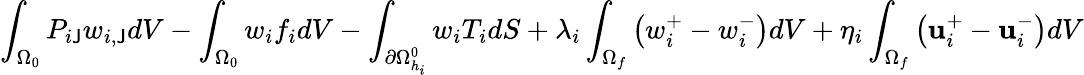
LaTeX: \int_{\Omega_{0}}P_{i\mathsf{J}}w_{i,\mathsf{J}}dV-\int_{\Omega_{0}}{w_{i}f_{i}}dV-\int_{\partial\Omega_{h_{i}}^{0}}w_{i}T_{i}dS+\lambda_{i}\int_{\Omega_{f}}\left(w_{i}^{+}-w_{i}^{-}\right)dV+\eta_{i}\int_{\Omega_{f}}\left(\mathbf{u}_{i}^{+}-\mathbf{u}_{i}^{-}\right)dV